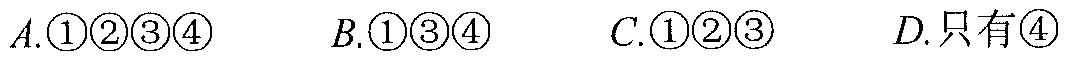
\(A.\textcircled{1}\textcircled{2}\textcircled{3}\textcircled{4}\)  \(B.\textcircled{1}\textcircled{3}\textcircled{4}\)  \(C.\textcircled{1}\textcircled{2}\textcircled{3}\)  \(D.\text{只有}\textcircled{4}\)